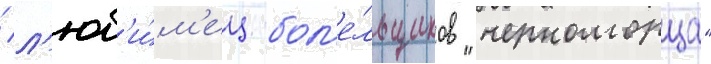
/ л'юб'и́м'ец бол'е́льщиков "черноморца"